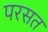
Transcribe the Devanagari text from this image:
परसत